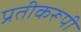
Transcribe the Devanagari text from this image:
प्रतीकरूपी